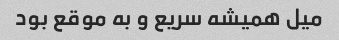
میل همیشه سریع و به موقع بود